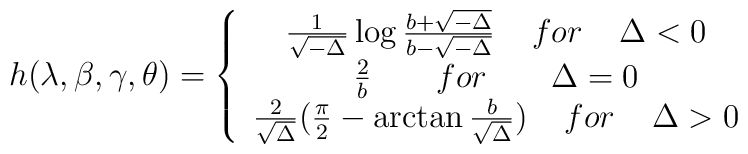
h(\lambda ,\beta ,\gamma ,\theta) = \left\{\begin{array}{c}\frac{1}{\sqrt{-\Delta}} \log \frac{b+\sqrt{-\Delta}}{b-\sqrt{-\Delta}}  \;\;\;\; for \;\;\;\; \Delta < 0  \\\frac{2}{b} \;\;\;\;\;\;\; for \;\;\;\;\;\;\; \Delta = 0  \\\frac{2}{\sqrt{\Delta}} (\frac{\pi}{2} - \arctan \frac{b}{\sqrt{\Delta}} ) \;\;\;\; for \;\;\;\; \Delta > 0 \end{array} \right.